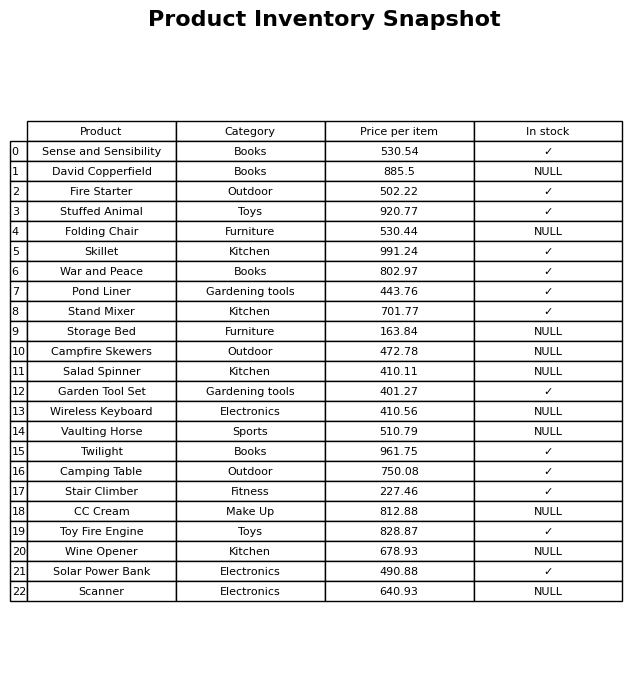
question: What is the price of the Folding Chair?
answer: The price of Folding Chair is 530.44.